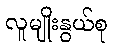
လူမျိုးနွယ်စု